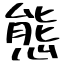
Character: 態